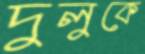
দুলুকে